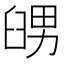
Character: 𦥶